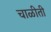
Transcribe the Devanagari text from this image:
चाळीती